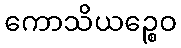
ကောသိယဉ္စေဝ